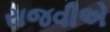
રાજવીએ